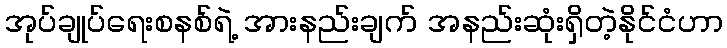
အုပ်ချုပ်ရေးစနစ်ရဲ့ အားနည်းချက် အနည်းဆုံးရှိတဲ့နိုင်ငံဟာ